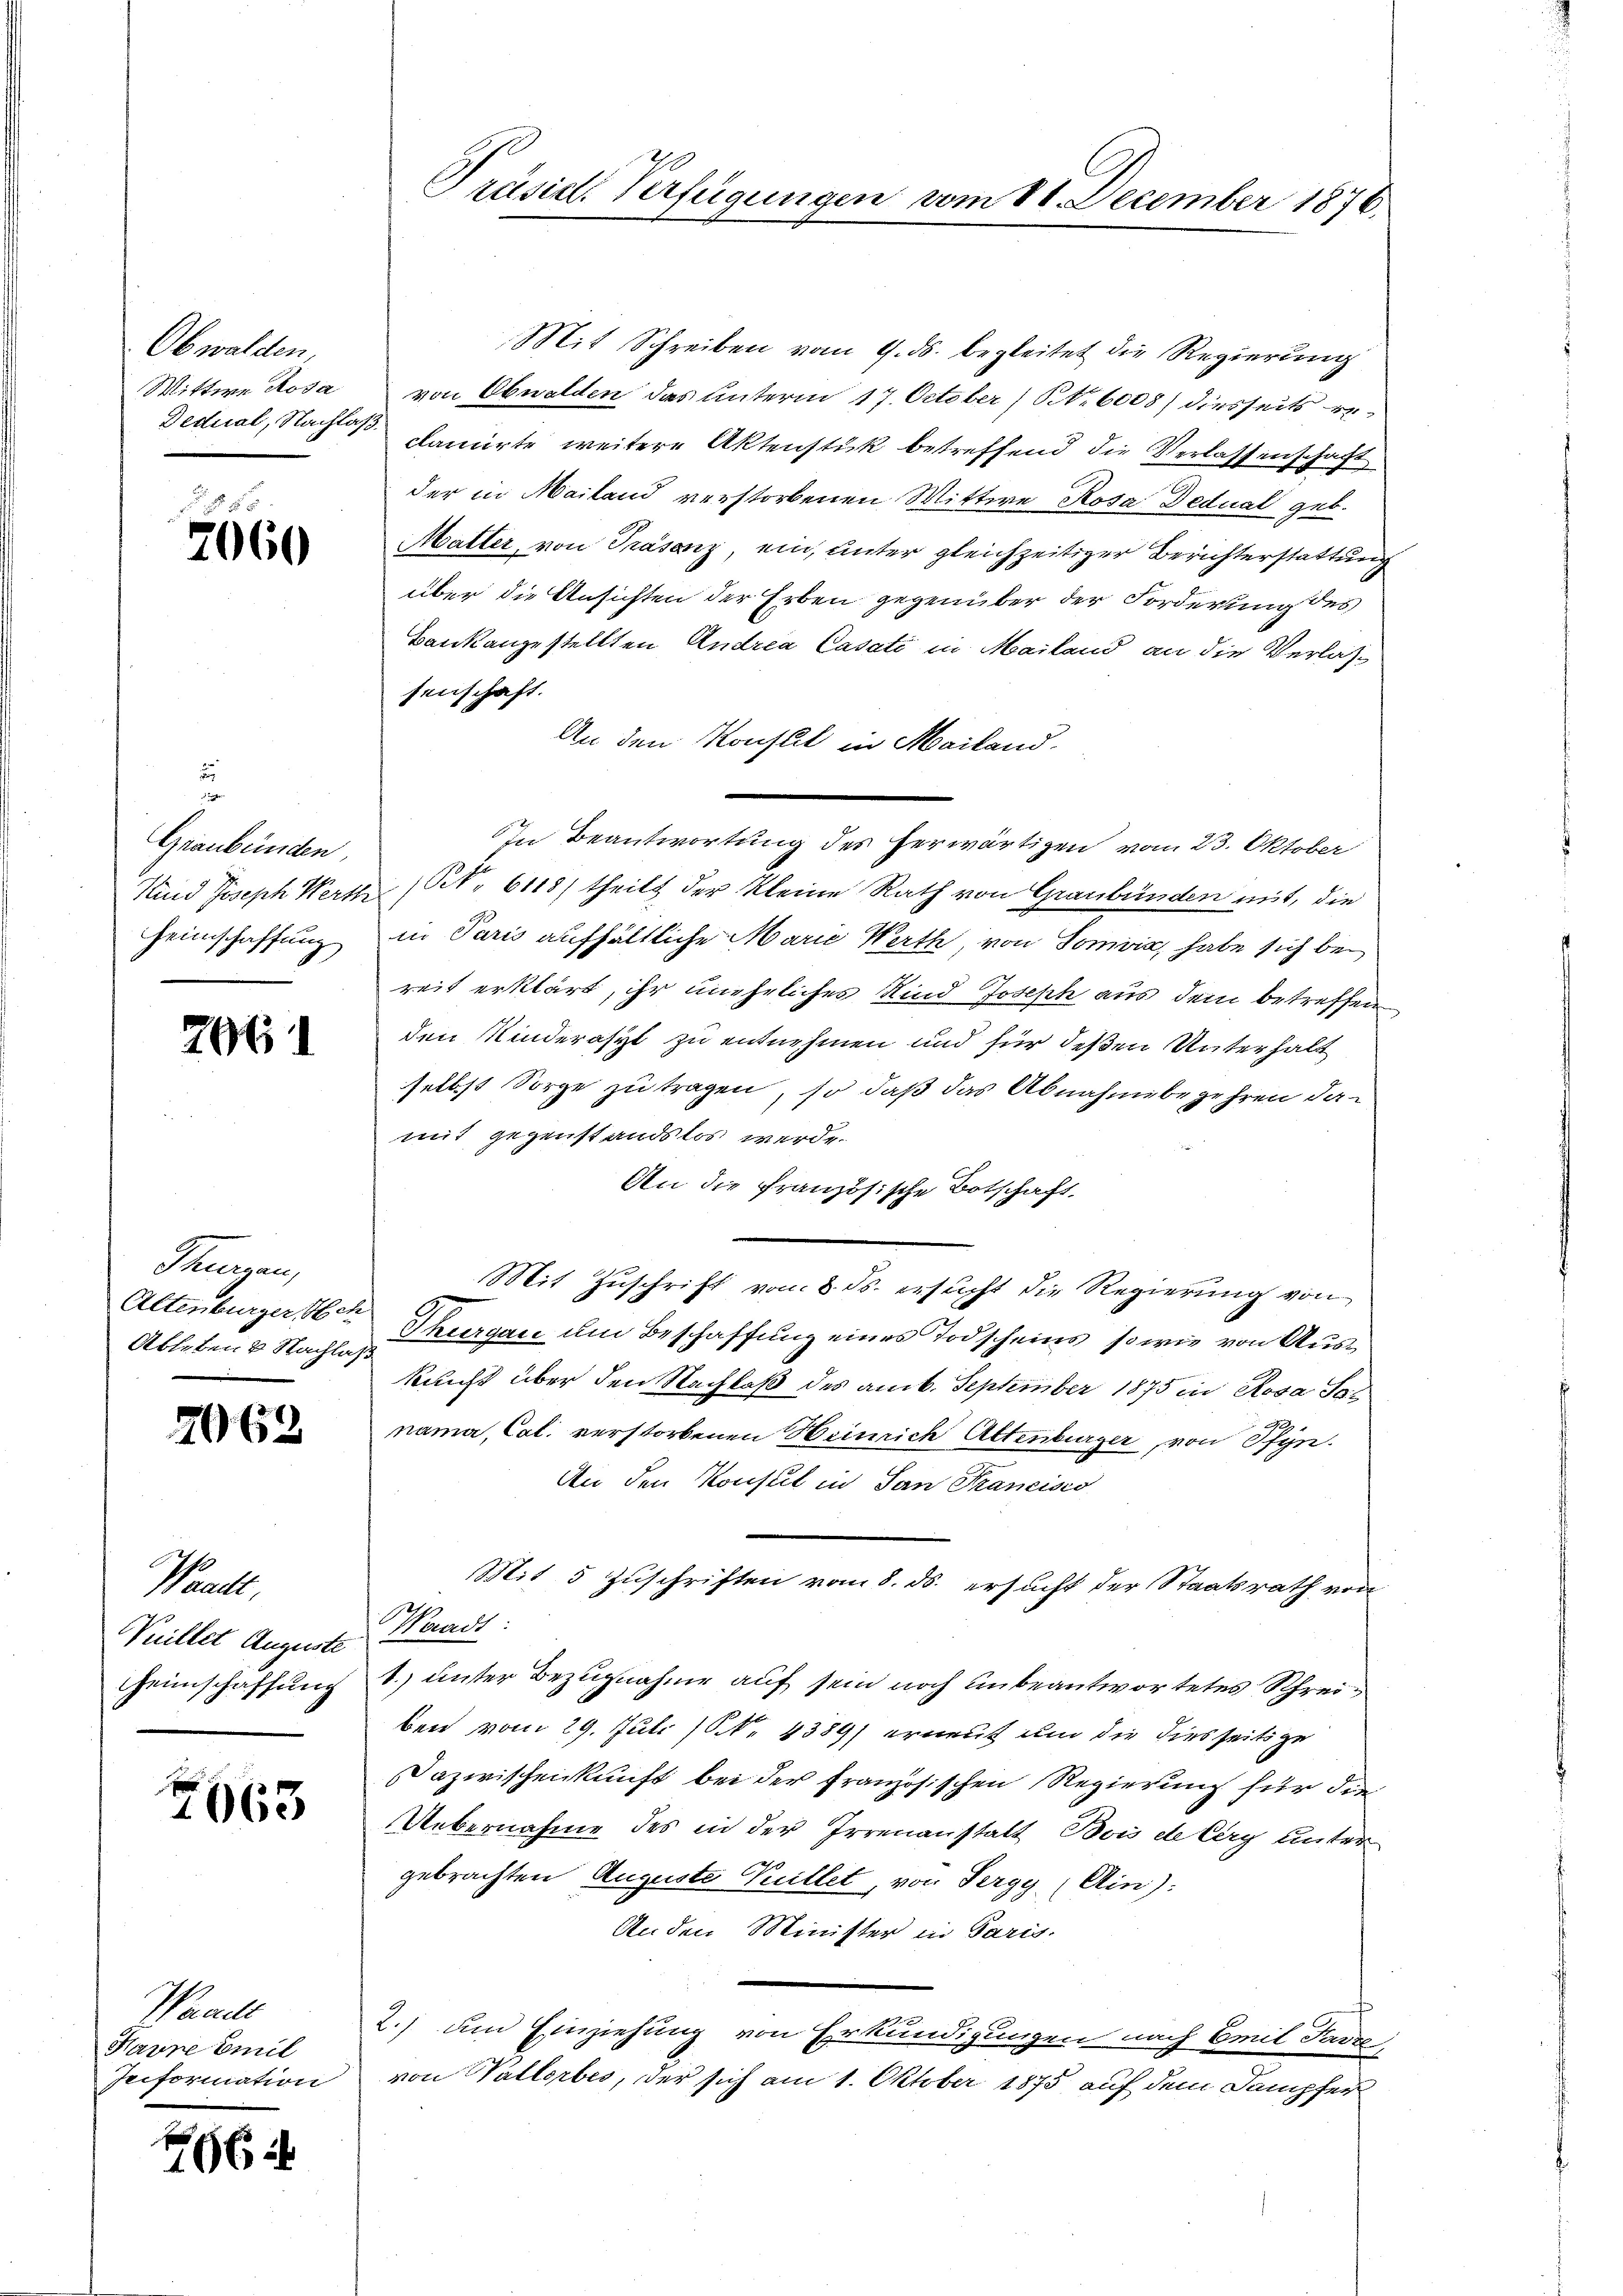
Obwalden,
Wittwe Rosa
Dedral, Nachlag.

2060

5
Graubünden,
Kind Joseph Werth
Heimschaffung

2061

Thurgen,
Altenburger Sch
Ableben & Nachla¬

2063

Waadt
Wuillet Auguste
Heimschaffung

7663

Waadt
Harne Emil
Teiformation

466

Präsid. Verfügungen

Mit Schreiben vom 9. ds. begleitet die Regierung
von Obwalden das Unterm 17. October (S. 6005) diesseits reclamirte weitere Aktenstück betreffend die Verlassenschaft
der in Mailand verstorbenen Wittwe Rosa Dedual geb.
Malter, von Präsenz, ein, unter gleichzeitiger Berichterstattung
über die Ansichten der Erben gegenüber der Forderung des
Bankangestellten Andrea Casati in Mailand an die Verlassenschaft.
An den Konseil in Mailand.
In Beantwortung des herwärtigen vom 23. Oktober
N. 6118) theilt der Kleine Rath von Graubünden mit, die
in Paris aufhältliche Marie Werth von Somvia, habe sich bereit erklärt, ihr uneheliches Kind Joseph aus dem betreffen
den Kinderasyl zu entnehmen und für deßen Unterhalt
selbst Sorge zu tragen, so daß das Abnahmebegehren damit gegenstandslos werde.
An die französische Botschaft
Mit Zuschrift vom 8. ds. ersucht die Regierung von
Thurgau um Beschaffung eines Todscheins, sowie von Auskunft über den Nachlaß des am 6. September 1875 in Rosa Sonama, Cal. verstorbenen Heinrich Altenburger, von Pfyn.
An den Konseil in San Francisco
Mit 5 Zuschriften vom 8. ds. ersucht der Staatsrath von
i
Waadt:
1. unter Bezugnahme auf sein noch unbeantwortetes Schreiben vom 29. Juli (N. 4389 erneut und die diesseits zu
Dazwischenkunft bei der Französischen Regierung für die
Uebernahme des in der Irrenanstalt Bois de Cery unter
gebrachten Auguste Villet, von Sergy (Ain):
Anden Minister in Paris.
2.) um Einziehung von Erkundigungen nach Emil Jarre
von Vallorbes, der sich am 1. Oktober 1875 auf dem Dampfer

m 18. December 1876.